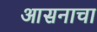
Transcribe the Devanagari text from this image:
आसनाचा